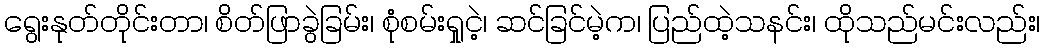
ရွေးနုတ်တိုင်းတာ၊ စိတ်ဖြာခွဲခြမ်း၊ စုံစမ်းရှုငဲ့၊ ဆင်ခြင်မဲ့က၊ ပြည်ထဲ့သနင်း၊ ထိုသည်မင်းလည်း၊